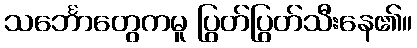
သင်္ဘောတွေကမူ ပြွတ်ပြွတ်သီးနေ၏။